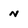
Character: n